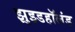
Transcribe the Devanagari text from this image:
झुइडहॉलंड